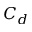
C _ { d }